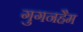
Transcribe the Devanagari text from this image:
गुगनहैम